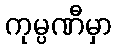
ကုမ္ပဏီမှာ